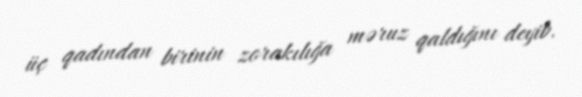
üç qadından birinin zorakılığa məruz qaldığını deyib.